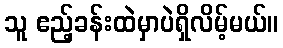
သူ ဧည့်ခန်းထဲမှာပဲရှိလိမ့်မယ်။